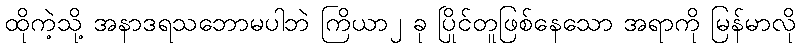
ထိုကဲ့သို့ အနာဒရသဘောမပါဘဲ ကြိယာ၂ ခု ပြိုင်တူဖြစ်နေသော အရာကို မြန်မာလို